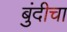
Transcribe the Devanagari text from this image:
बुंदीचा